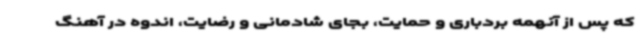
که پس از آنهمه بردباری و حمایت، بجای شادمانی و رضایت، اندوه در آهنگ